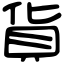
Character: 貨